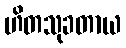
ဟိတသုခတာယ